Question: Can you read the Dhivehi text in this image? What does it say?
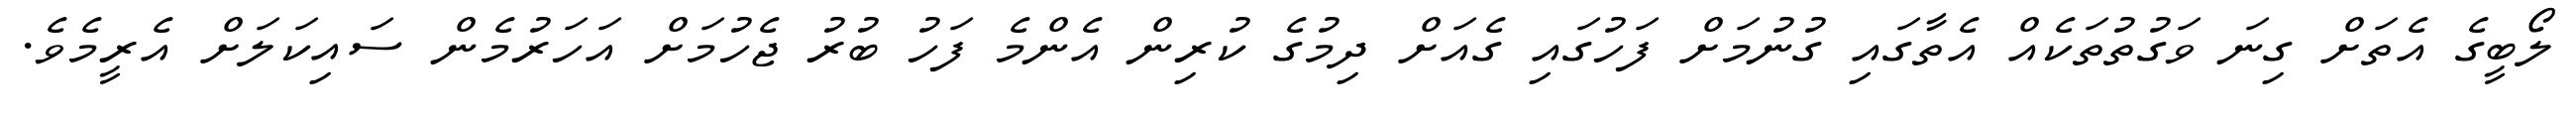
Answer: ލޯބީގެ އެތަށް ގިނަ ވަގުތުތަކެއް އެތާގައި ގުނުމަށް ފަހުގައި ގެއަށް ދިމުގެ ކުރިން އެންމެ ފަހު ބުރު ޖެހުމަށް އަހަރުމެން ސައިކަލަށް އެރީމެވެ.